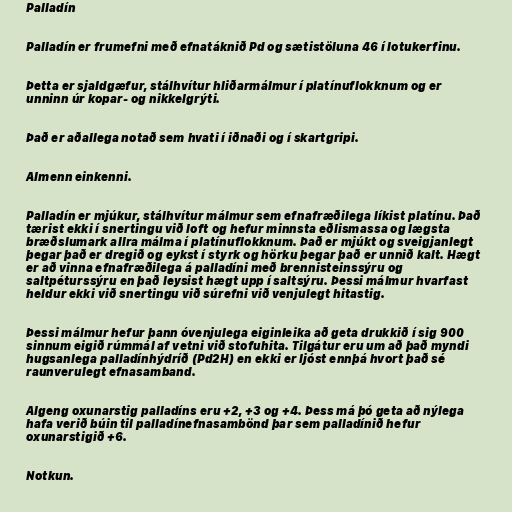
Palladín

Palladín er frumefni með efnatáknið Pd og sætistöluna 46 í lotukerfinu.

Þetta er sjaldgæfur, stálhvítur hliðarmálmur í platínuflokknum og er
unninn úr kopar- og nikkelgrýti.

Það er aðallega notað sem hvati í iðnaði og í skartgripi.

Almenn einkenni.

Palladín er mjúkur, stálhvítur málmur sem efnafræðilega líkist platínu. Það
tærist ekki í snertingu við loft og hefur minnsta eðlismassa og lægsta
bræðslumark allra málma í platínuflokknum. Það er mjúkt og sveigjanlegt
þegar það er dregið og eykst í styrk og hörku þegar það er unnið kalt. Hægt
er að vinna efnafræðilega á palladíni með brennisteinssýru og
saltpéturssýru en það leysist hægt upp í saltsýru. Þessi málmur hvarfast
heldur ekki við snertingu við súrefni við venjulegt hitastig.

Þessi málmur hefur þann óvenjulega eiginleika að geta drukkið í sig 900
sinnum eigið rúmmál af vetni við stofuhita. Tilgátur eru um að það myndi
hugsanlega palladínhýdríð (Pd2H) en ekki er ljóst ennþá hvort það sé
raunverulegt efnasamband.

Algeng oxunarstig palladíns eru +2, +3 og +4. Þess má þó geta að nýlega
hafa verið búin til palladínefnasambönd þar sem palladínið hefur
oxunarstigið +6.

Notkun.